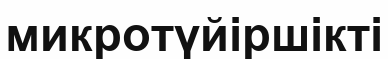
микротүйіршікті